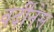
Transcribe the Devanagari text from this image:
वर्दीनेस